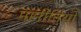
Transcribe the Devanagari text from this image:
मसीनियों